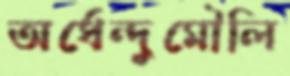
অর্ধেন্দুমৌলি